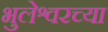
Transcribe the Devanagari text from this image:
भुलेश्वरच्या